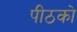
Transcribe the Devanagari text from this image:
पीठको